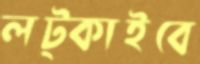
লট্‌কাইবে